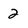
Character: 2